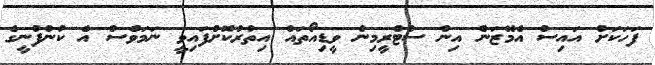
ފަހަކަށް އައިސް އެމޭޒަން އިން ސްޓްރީމިން ވީޑިއޯތައް އިތުރުކޮށްފައިވީ ނަމަވެސް އެ ކުންފުނީގެ